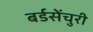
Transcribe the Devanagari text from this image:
बर्डसेंचुरी